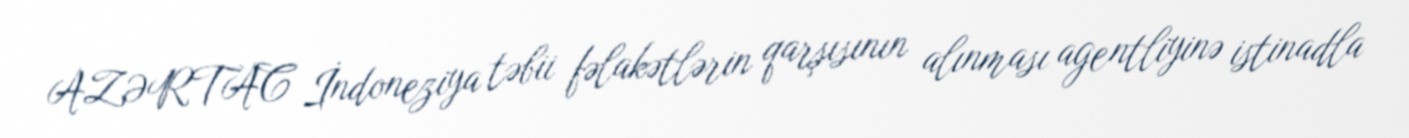
AZƏRTAC İndoneziya təbii fəlakətlərin qarşısının alınması agentliyinə istinadla